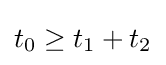
t_{0}\geq t_{1}+t_{2}